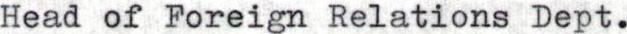
Head of Foreign Relations Dept.